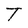
Character: T